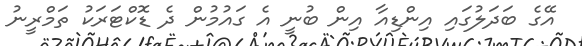
އޭގެ ބަދަލުގައި އިންޑިއާ އިން ބުނީ އެ ގައުމުން ދެ ޑޮކްޓަރަކު ތަމްރީނު